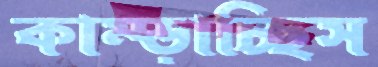
কাম্‌ড়াচ্ছিস